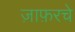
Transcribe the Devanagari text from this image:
ज़ाफ़रचे